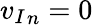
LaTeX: {v_{I}}_{n}=0